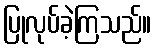
ပြုလုပ်ခဲ့ကြသည်။